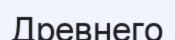
Древнего